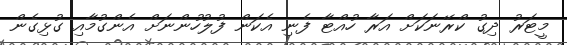
މީޓަރު ދިގު ކްރޭނަކަށް އަރާ ހުއްޓާ ފެނި އެކަން ފުލުހުންނަށް އެންގުމާއި ގުޅިގެން